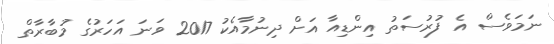
ނަމަވެސް އެ ފުރުސަތު އިންޑިއާ އަށް ދިނުމާއެކު 2017 ވަނަ އަހަރުގެ މުބާރާތް